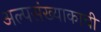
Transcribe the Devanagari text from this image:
अल्पसंख्याकाची